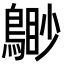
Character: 𪃐